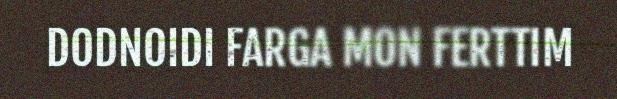
DODNOIDI FARGA MON FERTTIM